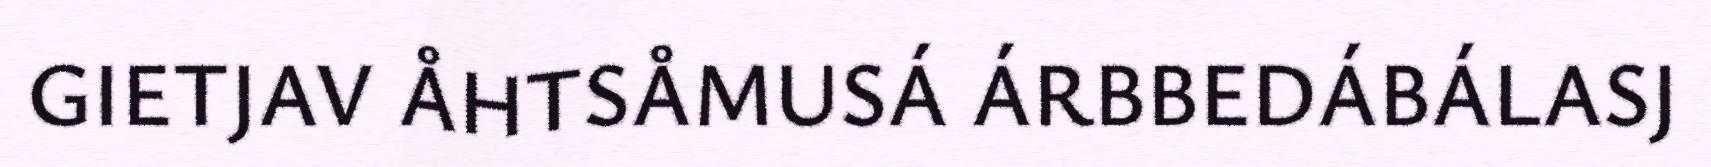
GIETJAV ÅHTSÅMUSÁ ÁRBBEDÁBÁLASJ